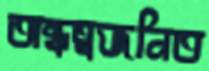
অন্ধত্বজনিত